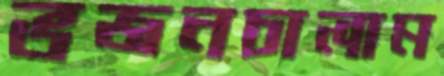
ভজনচালাম